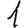
Digit: 1